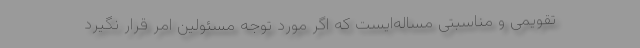
تقویمی و مناسبتی مساله‌ایست که اگر مورد توجه مسئولین امر قرار نگیرد